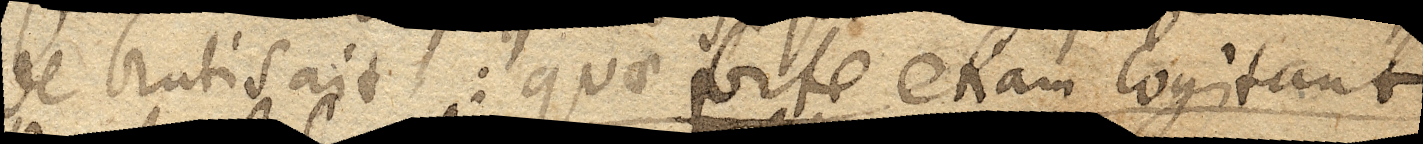
de brutis ait: quae forte etiam cogitant